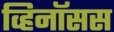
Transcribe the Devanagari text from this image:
व्हिनॉसस